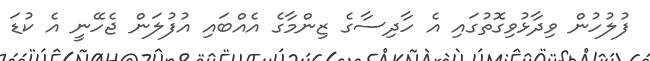
ފުލުހުން ވިދާޅުވިގޮތުގައި އެ ހާދިސާގެ ޒިންމާގެ އެއްބައި އުފުލަން ޖެހޭނީ އެ ކުޑަ